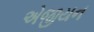
એજીયન